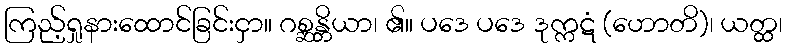
ကြည့်ရှုနားထောင်ခြင်းငှာ။ ဂစ္ဆန္တိယာ၊ ၏။ ပဒေ ပဒေ ဒုက္ကဋံ (ဟောတိ)၊ ယတ္ထ၊